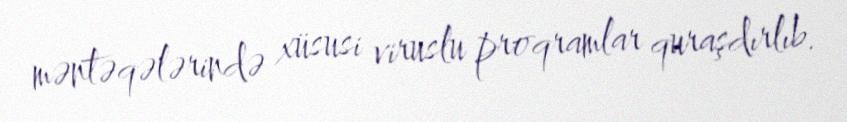
məntəqələrində xüsusi viruslu proqramlar quraşdırlıb.